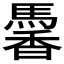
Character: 𩤹